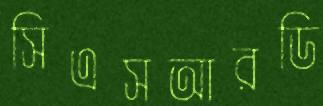
সিএসআরডি